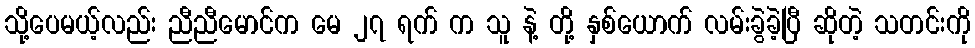
သို့ပေမယ့်လည်း ညီညီမောင်က မေ ၂၇ ရက် က သူ နဲ့ တို့ နှစ်ယောက် လမ်းခွဲခဲ့ပြီ ဆိုတဲ့ သတင်းကို